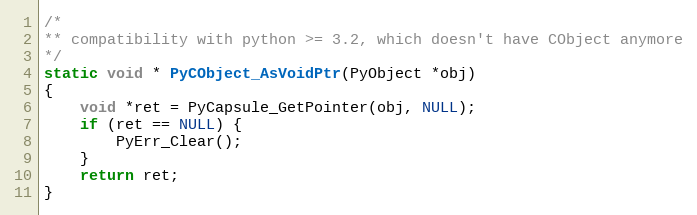
Language: C
/*
** compatibility with python >= 3.2, which doesn't have CObject anymore
*/
static void * PyCObject_AsVoidPtr(PyObject *obj)
{
    void *ret = PyCapsule_GetPointer(obj, NULL);
    if (ret == NULL) {
        PyErr_Clear();
    }
    return ret;
}